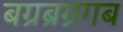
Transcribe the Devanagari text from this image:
बग्रब्रग्रगब